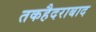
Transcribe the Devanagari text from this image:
तकहैदराबाद